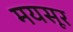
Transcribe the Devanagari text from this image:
मयसूर